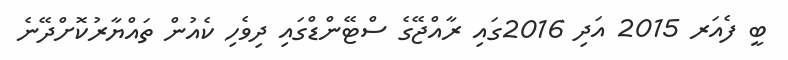
ބީ ފެއަރ 2015 އަދި 2016ގައި ރާއްޖޭގެ ސްޓޭންޑްގައި ދިވެހި ކެއުން ތައްޔާރުކޮށްދޭނެ